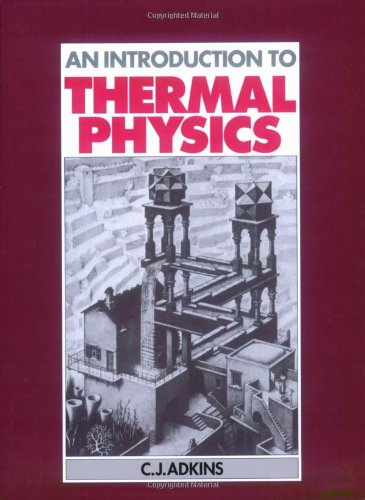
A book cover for An Introduction to Thermal Physics; C. J. Adkins; Science & Math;